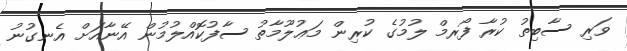
ވަރި ސާބިތު ކުރާ ފޯރމް ލުމުގެ ކުރިން މަޢުލޫމާތު ސާފުކޮއްލުމުން އޭނާއަށް އެނގުނު